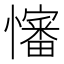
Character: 𪬺